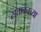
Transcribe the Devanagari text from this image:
सत्तावनच्या